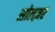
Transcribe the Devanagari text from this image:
सोलज़र